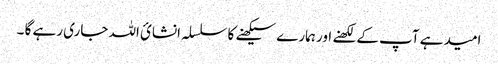
امید ہے آپ کے لکھنے اور ہمارے سیکھنے کا سلسلہ انشائ اللہ جاری رہے گا ۔